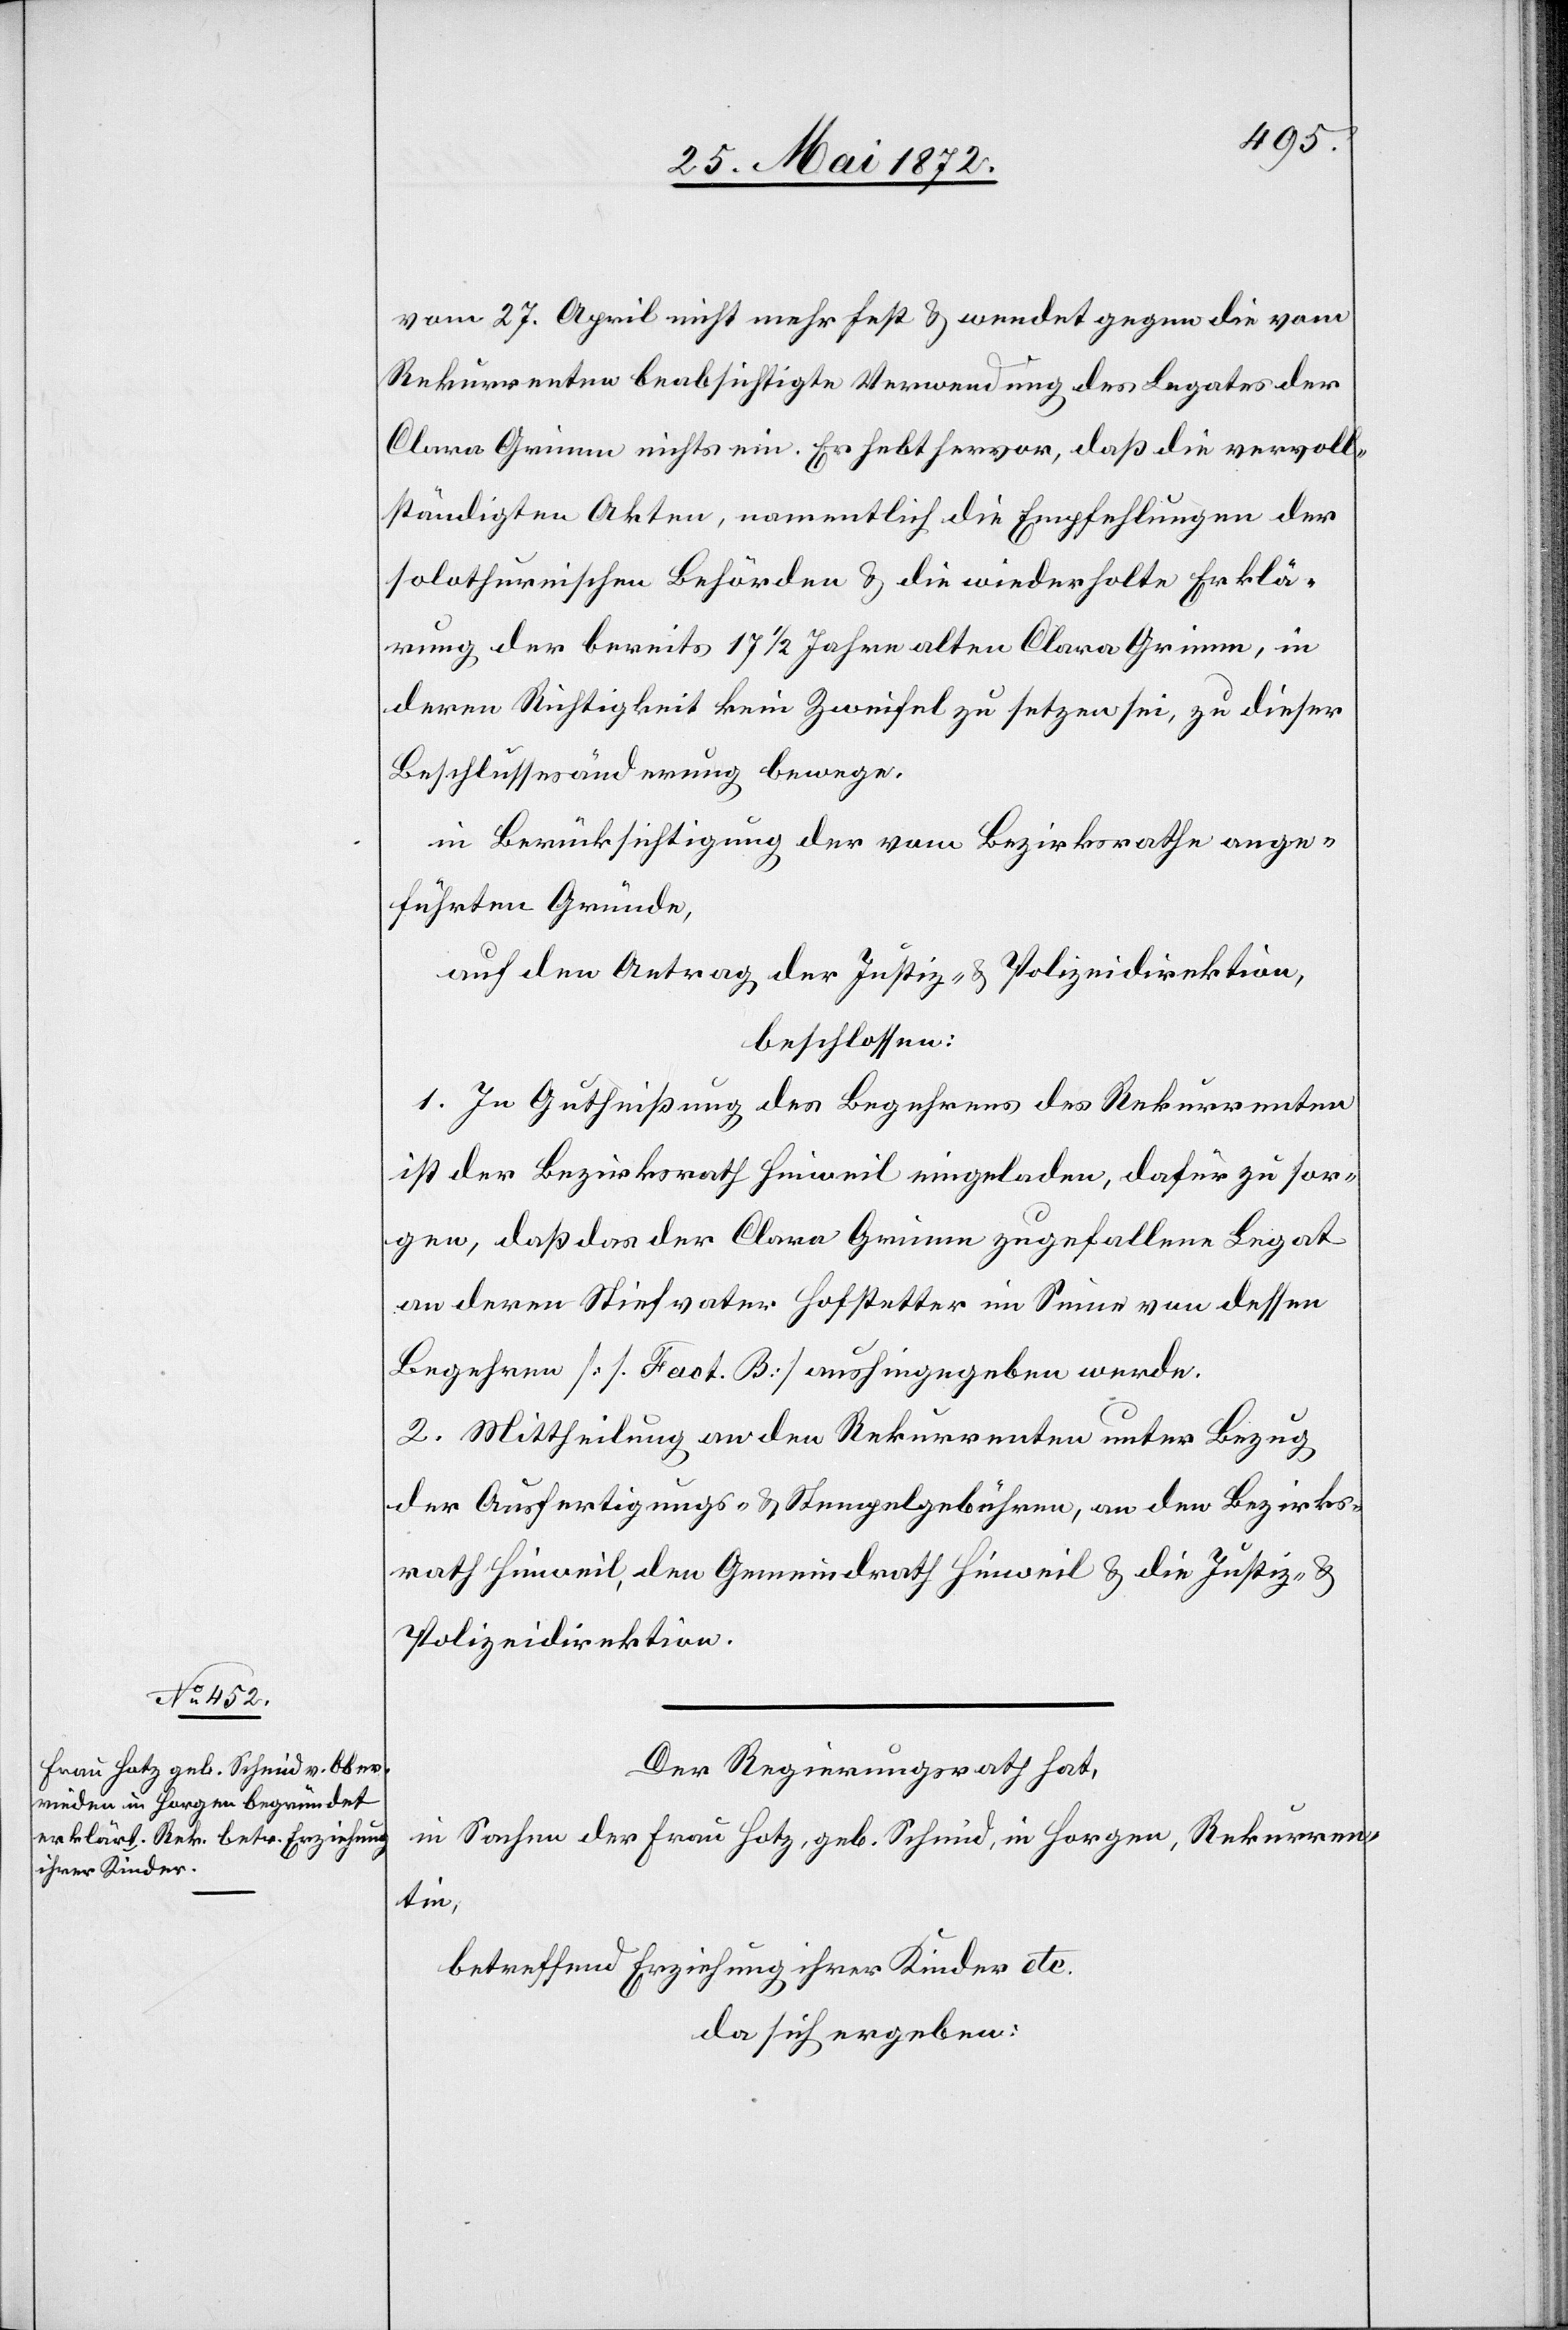
vom 27. April nicht mehr fest u. wendet gegen die vom
Rekurrenten beabsichtigte Verwendung des Legates der
Clara Grimm nichts ein. Er hebt hervor, daß die vervoll¬
ständigten Akten, namentlich die Empfehlungen der
solothurnischen Behörden u. die wiederholte Erklä¬
rung der bereits 17 1/2 Jahre alten Clara Grimm, in
deren Richtigkeit kein Zweifel zu setzen sei, zu dieser
Beschlussesänderung bewege[n].
in Berücksichtigung der vom Bezirksrathe ange¬
führten Gründe,
auf den Antrag der Justiz- u. Polizeidirektion,
beschlossen:
1. In Gutheißung des Begehrens des Rekurrenten
ist der Bezirksrath Hinweil eingeladen, dafür zu sor¬
gen, daß das der Clara Grimm zugefallene Legat
an deren Stiefvater Hofstetter im Sinne von dessen
Begehren [s. Fact. B] aushingegeben werde.
2. Mittheilung an den Rekurrenten unter Bezug
der Ausfertigungs- u. Stempelgebühren, an den Bezirks¬
rath Hinweil, den Gemeindrath Hinweil u. die Justiz- u.
Polizeidirektion.
Der Regierungsrath hat,
in Sachen der Frau Hotz, geb. Schmid, in Horgen, Rekurren¬
tin,
betreffend Erziehung ihrer Kinder etc.
da sich ergeben: